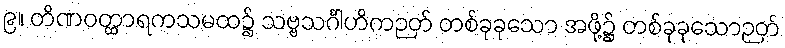
၉။ တိဏဝတ္ထာရကသမထ၌ သဗ္ဗသင်္ဂါဟိကဉတ် တစ်ခုခုသော အဖို့၌ တစ်ခုခုသောဉတ်